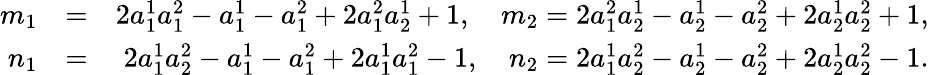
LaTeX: \begin{array}{r}{\begin{array}{rlr}{m_{1}}&{=}&{2a_{1}^{1}a_{1}^{2}-a_{1}^{1}-a_{1}^{2}+2a_{1}^{2}a_{2}^{1}+1,\quad m_{2}=2a_{1}^{2}a_{2}^{1}-a_{2}^{1}-a_{2}^{2}+2a_{2}^{1}a_{2}^{2}+1,}\\ {n_{1}}&{=}&{2a_{1}^{1}a_{2}^{2}-a_{1}^{1}-a_{1}^{2}+2a_{1}^{1}a_{1}^{2}-1,\quad n_{2}=2a_{1}^{1}a_{2}^{2}-a_{2}^{1}-a_{2}^{2}+2a_{2}^{1}a_{2}^{2}-1.}\end{array}}\end{array}